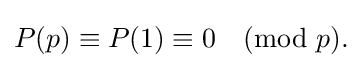
{\textstyle P(p)\equiv P(1)\equiv 0{\pmod {p}}.}